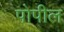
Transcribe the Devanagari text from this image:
पोपील